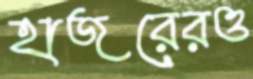
হাজরেরও